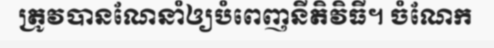
ត្រូវបានណែនាំឲ្យបំពេញនីតិវិធី។ ចំណែក